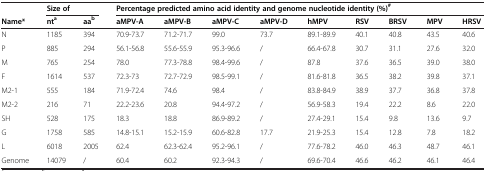
<table><thead><tr><td><b> </b></td><td colspan="2"><b>Size of</b></td><td colspan="9"><b>Percentage predicted amino acid identity and genome nucleotide identity (%)<sup>#</sup></b></td></tr><tr><td><b>Name*</b></td><td><b>nt<sup>a</sup></b></td><td><b>aa<sup>b</sup></b></td><td><b>aMPV-A</b></td><td><b>aMPV-B</b></td><td><b>aMPV-C</b></td><td><b>aMPV-D</b></td><td><b>hMPV</b></td><td><b>RSV</b></td><td><b>BRSV</b></td><td><b>MPV</b></td><td><b>HRSV</b></td></tr></thead><tbody><tr><td>N</td><td>1185</td><td>394</td><td>70.9-73.7</td><td>71.2-71.7</td><td>99.0</td><td>73.7</td><td>89.1-89.9</td><td>40.1</td><td>40.8</td><td>43.5</td><td>40.6</td></tr><tr><td>P</td><td>885</td><td>294</td><td>56.1-56.8</td><td>55.6-55.9</td><td>95.3-96.6</td><td>/</td><td>66.4-67.8</td><td>30.7</td><td>31.1</td><td>27.6</td><td>32.0</td></tr><tr><td>M</td><td>765</td><td>254</td><td>78.0</td><td>77.3-78.8</td><td>98.4-99.6</td><td>/</td><td>87.8</td><td>37.6</td><td>36.5</td><td>39.0</td><td>38.0</td></tr><tr><td>F</td><td>1614</td><td>537</td><td>72.3-73</td><td>72.7-72.9</td><td>98.5-99.1</td><td>/</td><td>81.6-81.8</td><td>36.5</td><td>38.2</td><td>39.8</td><td>37.1</td></tr><tr><td>M2-1</td><td>555</td><td>184</td><td>71.9-72.4</td><td>74.6</td><td>98.4</td><td>/</td><td>83.8-84.9</td><td>38.9</td><td>37.7</td><td>36.8</td><td>37.8</td></tr><tr><td>M2-2</td><td>216</td><td>71</td><td>22.2-23.6</td><td>20.8</td><td>94.4-97.2</td><td>/</td><td>56.9-58.3</td><td>19.4</td><td>22.2</td><td>8.6</td><td>22.0</td></tr><tr><td>SH</td><td>528</td><td>175</td><td>18.3</td><td>18.8</td><td>86.9-89.2</td><td>/</td><td>27.4-29.1</td><td>15.4</td><td>9.8</td><td>13.6</td><td>9.7</td></tr><tr><td>G</td><td>1758</td><td>585</td><td>14.8-15.1</td><td>15.2-15.9</td><td>60.6-82.8</td><td>17.7</td><td>21.9-25.3</td><td>15.4</td><td>12.8</td><td>7.8</td><td>18.2</td></tr><tr><td>L</td><td>6018</td><td>2005</td><td>62.4</td><td>62.3-62.4</td><td>95.2-96.1</td><td>/</td><td>77.6-78.2</td><td>46.0</td><td>46.3</td><td>48.7</td><td>46.1</td></tr><tr><td>Genome</td><td>14079</td><td>/</td><td>60.4</td><td>60.2</td><td>92.3-94.3</td><td>/</td><td>69.6-70.4</td><td>46.6</td><td>46.2</td><td>46.1</td><td>46.4</td></tr></tbody></table>